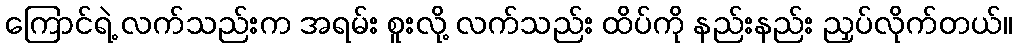
ကြောင်ရဲ့ လက်သည်းက အရမ်း စူးလို့ လက်သည်း ထိပ်ကို နည်းနည်း ညှပ်လိုက်တယ်။